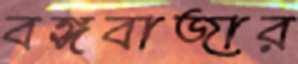
বঙ্গবাজার